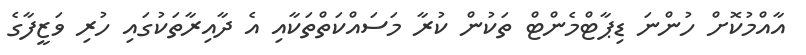
އާއްމުކޮށް ހުންނަ ޑިޕާޓްމެންޓް ތަކުން ކުރާ މަސައްކަތްތަކާއި އެ ދާއިރާތަކުގައި ހުރި ވަޒީފާގެ